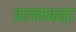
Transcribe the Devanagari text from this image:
कलमबन्द